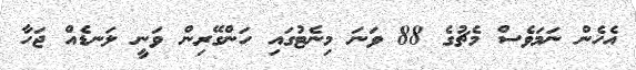
އެހެން ނަމަވެސް މެޗުގެ 88 ވަނަ މިނެޓުގައި ހަންގޭރިން ވަނީ ލަނޑެއް ޖަހާ